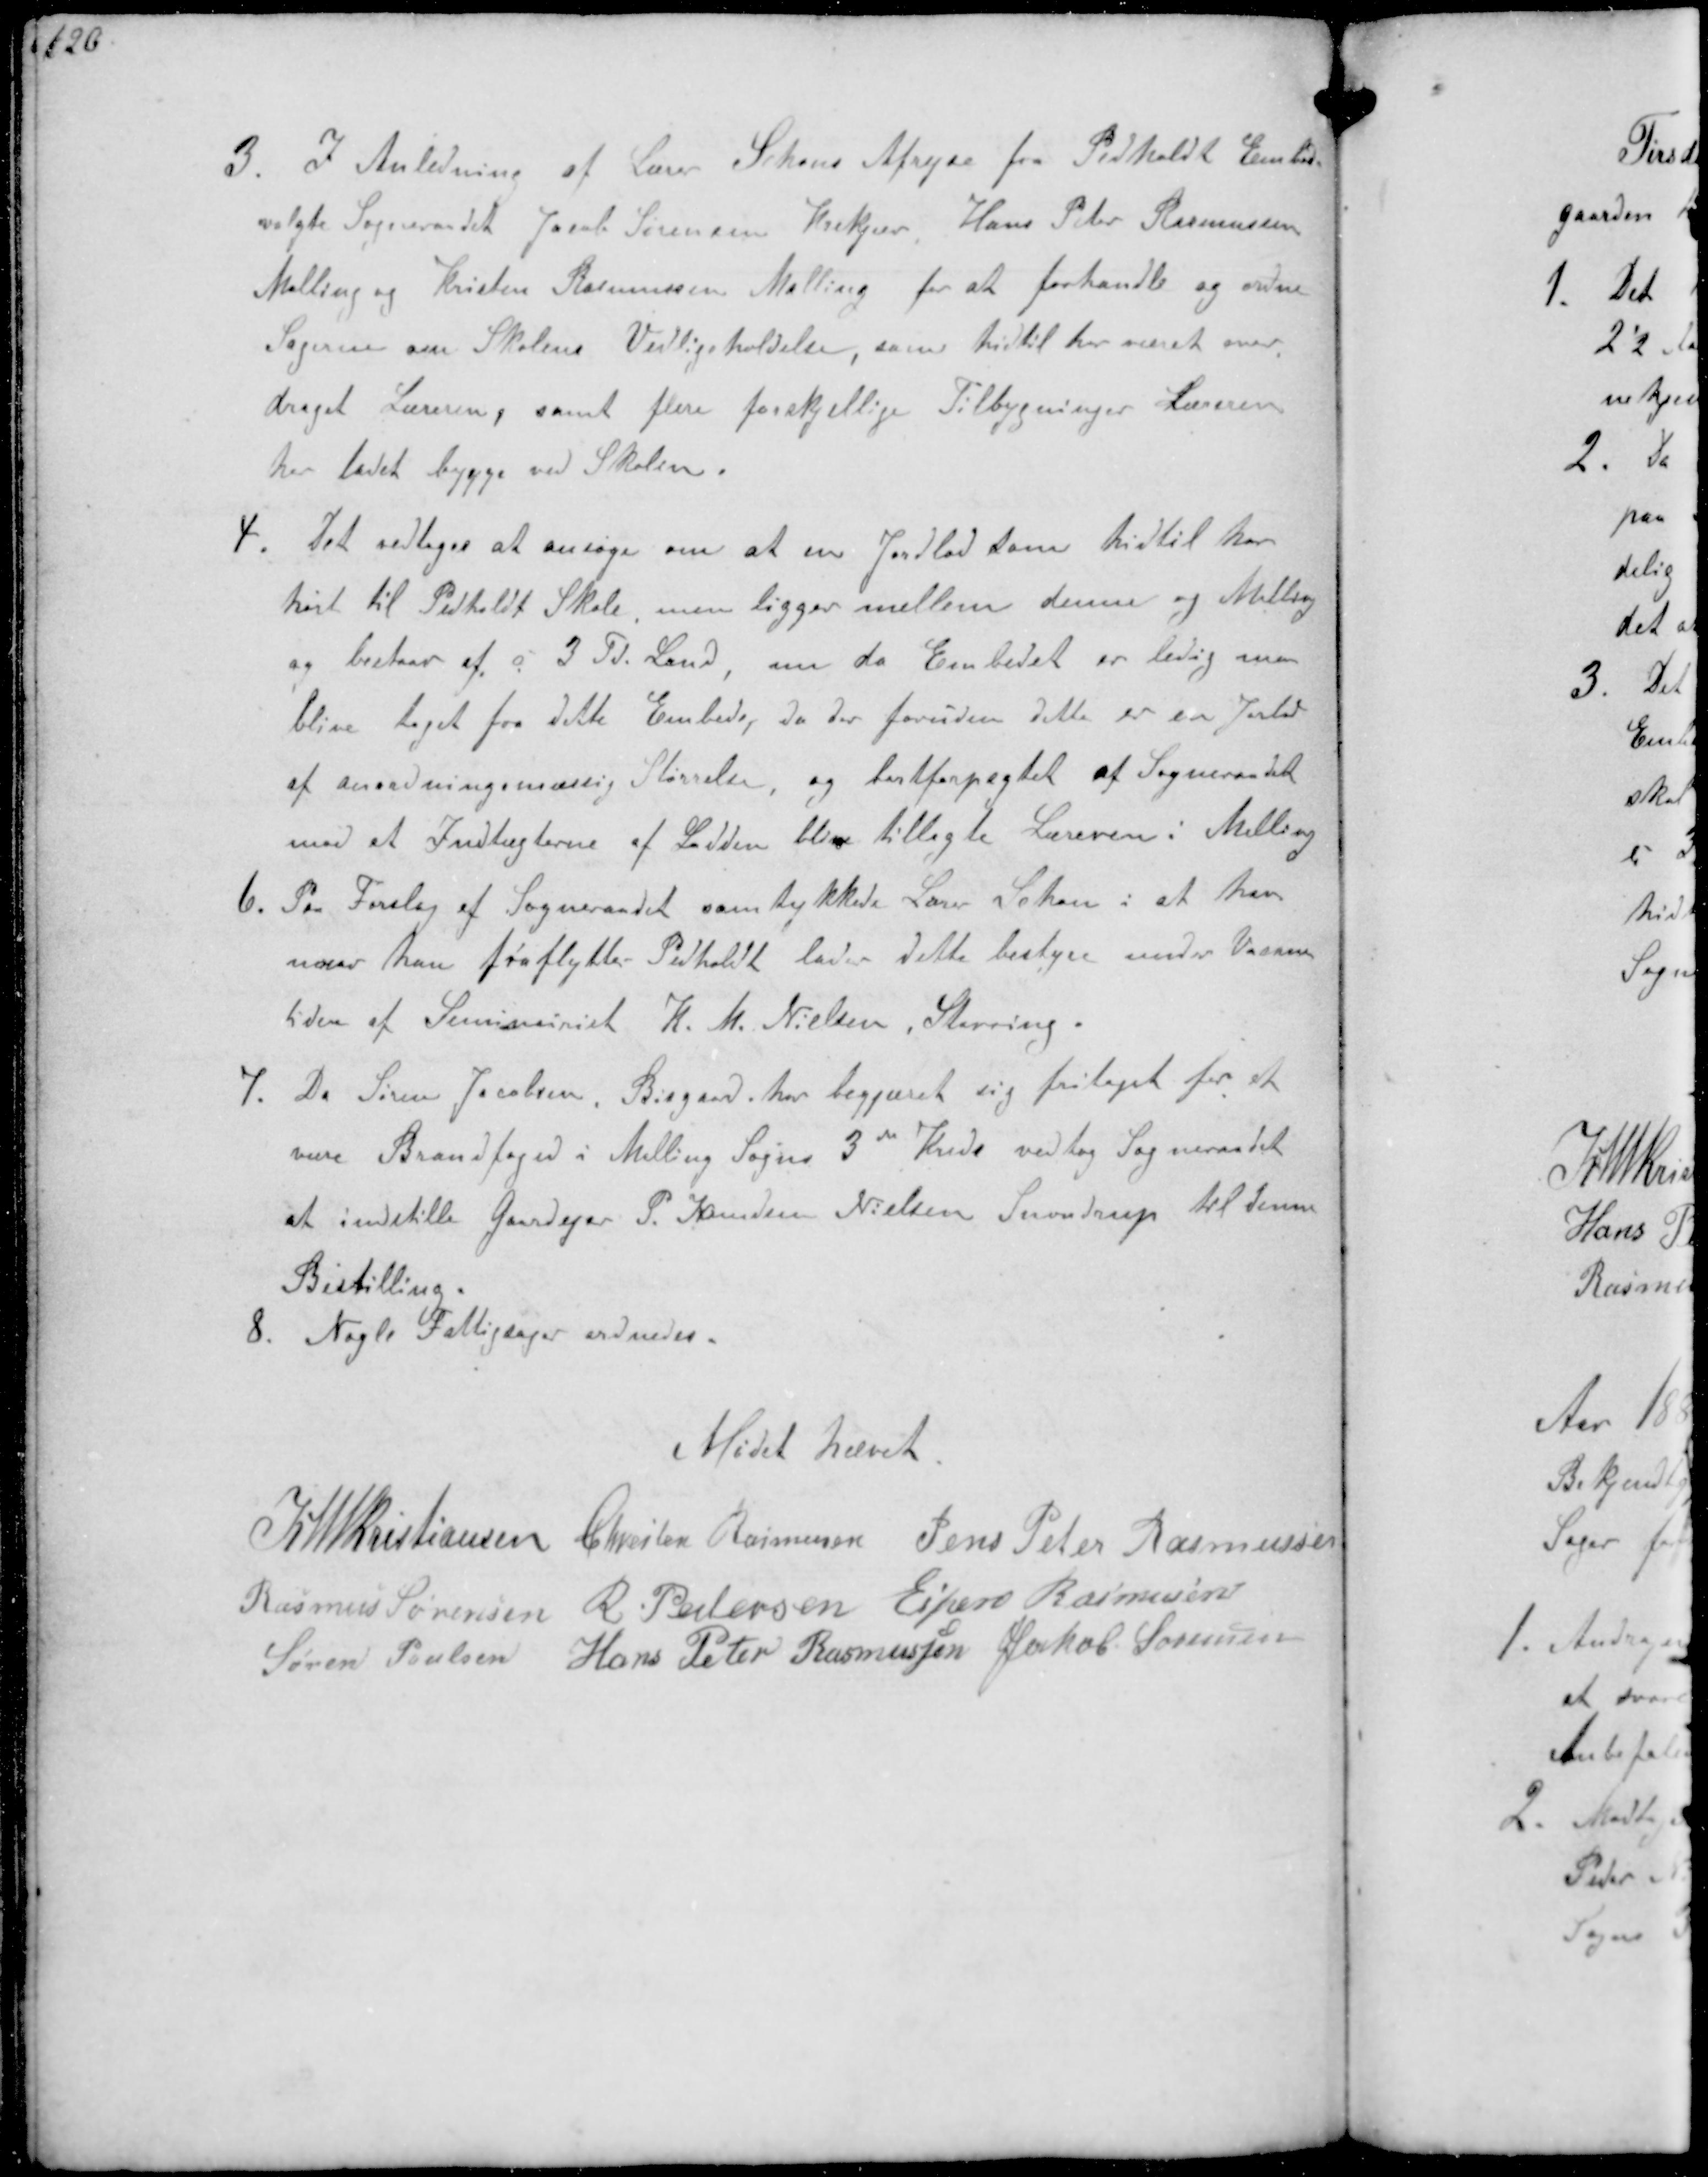
Transskription:
5. I Anledning af Lærer Schous Afrejse fra Pedholdt Embede
valgte Sogneraadet Jacob Sørensen Krekjær Hans Peter Rasmussen
Malling og Kristen Rasmussen Malling for at forhandle og ordne
Sagerne om Skolens Vedligeholdelse, som hidtil her været over-
draget Læreren, samt flere forskellige Tilbygninger Læreren
har ladet bygge ved Skolen.
4. Det vedtoges at ansøge om at en Jordlod som hidtil har
hørt til Pedholdt Skole men ligger mellem denne og Malling
og bestaar af  3 Td Land, om da Embedet er ledig maa
blive taget fra dette Embede, da der foruden dette er en Jordlod
af anordningsmæssig Størrelse, og bortforpagtet af Sogneraadet
mod at Indtægterne af Lodden blive tillagte Læreren i Malling
6. Paa Forslag af Sogneraadet samtykkede Lærer Schou i at han
naar han fraflytter Pedholdt lader dette bestyre under Vacans-
tiden af Seminarist K.M. Nielsen, Støvring.
7. Da Søren Jacobsen, Bisgaard, har begjæret sig fritaget for at
være Brandfoged i Malling Sogns 3de Kreds vedtog Sogneraadet
at indstille Gaardejer P. Knudsen Nielsen Snovdrup til denne
Bistilling.
8. Nogle Fattigsager ordnedes.

Mødet hævet

K N M Christiansen Christen Rasmussen Jens Peter Rasmussen
Rasmus Sørensen R. Pedersen Espen Rasmussen
Søren Poulsen Hans Peter Rasmussen Jakob Sørensen